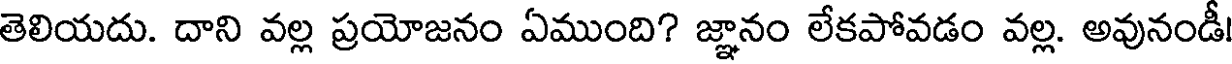
తెలియదు. దాని వల్ల ప్రయోజనం ఏముంది? జ్ఞానం లేకపోవడం వల్ల. అవునండీ